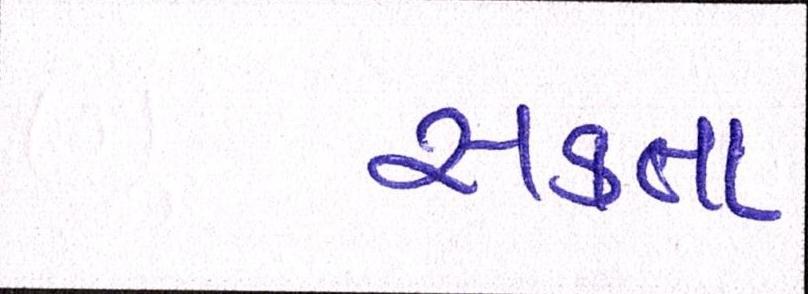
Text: સકતા